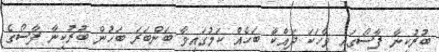
ބުރުކީނާ ފާސޯގައި ވާހަކަ ދައްކާ ބަހެއް ކަމުގައިވާ ބަންބަރަ ބަހުން ބުރުކީނާ ފާސޯގެ